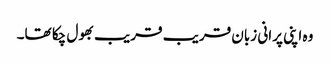
وہ اپنی پرانی زبان قریب قریب بھول چکا تھا۔